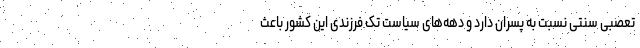
تعصبی سنتی نسبت به پسران دارد و دهه‌های سیاست تک فرزندی این کشور باعث